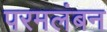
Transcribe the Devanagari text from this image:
परमलंबन